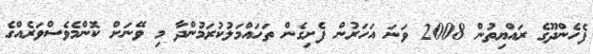
ފެހެންދޫގެ ރައްޔިތުން 2008 ވަނަ އަހަރުން ފެށިގެން ތަހައްމަލުކުރަމުންދާ މި ވޭނަށް ކޮންމެވެސްވަރެއްގެ